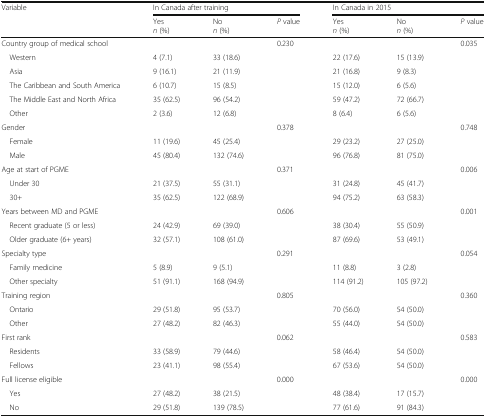
<table><thead><tr><td rowspan="2"><b>Variable</b></td><td colspan="3"><b>In Canada after training</b></td><td colspan="3"><b>In Canada in 2015</b></td></tr><tr><td><b>Yes<i>n</i> (%)</b></td><td><b>No<i>n</i> (%)</b></td><td><b><i>P</i> value</b></td><td><b>Yes<i>n</i> (%)</b></td><td><b>No<i>n</i> (%)</b></td><td><b><i>P</i> value</b></td></tr></thead><tbody><tr><td>Country group of medical school</td><td></td><td></td><td>0.230</td><td></td><td></td><td>0.035</td></tr><tr><td> Western</td><td>4 (7.1)</td><td>33 (18.6)</td><td></td><td>22 (17.6)</td><td>15 (13.9)</td><td></td></tr><tr><td> Asia</td><td>9 (16.1)</td><td>21 (11.9)</td><td></td><td>21 (16.8)</td><td>9 (8.3)</td><td></td></tr><tr><td> The Caribbean and South America</td><td>6 (10.7)</td><td>15 (8.5)</td><td></td><td>15 (12.0)</td><td>6 (5.6)</td><td></td></tr><tr><td> The Middle East and North Africa</td><td>35 (62.5)</td><td>96 (54.2)</td><td></td><td>59 (47.2)</td><td>72 (66.7)</td><td></td></tr><tr><td> Other</td><td>2 (3.6)</td><td>12 (6.8)</td><td></td><td>8 (6.4)</td><td>6 (5.6)</td><td></td></tr><tr><td>Gender</td><td></td><td></td><td>0.378</td><td></td><td></td><td>0.748</td></tr><tr><td> Female</td><td>11 (19.6)</td><td>45 (25.4)</td><td></td><td>29 (23.2)</td><td>27 (25.0)</td><td></td></tr><tr><td> Male</td><td>45 (80.4)</td><td>132 (74.6)</td><td></td><td>96 (76.8)</td><td>81 (75.0)</td><td></td></tr><tr><td>Age at start of PGME</td><td></td><td></td><td>0.371</td><td></td><td></td><td>0.006</td></tr><tr><td> Under 30</td><td>21 (37.5)</td><td>55 (31.1)</td><td></td><td>31 (24.8)</td><td>45 (41.7)</td><td></td></tr><tr><td> 30+</td><td>35 (62.5)</td><td>122 (68.9)</td><td></td><td>94 (75.2)</td><td>63 (58.3)</td><td></td></tr><tr><td>Years between MD and PGME</td><td></td><td></td><td>0.606</td><td></td><td></td><td>0.001</td></tr><tr><td> Recent graduate (5 or less)</td><td>24 (42.9)</td><td>69 (39.0)</td><td></td><td>38 (30.4)</td><td>55 (50.9)</td><td></td></tr><tr><td> Older graduate (6+ years)</td><td>32 (57.1)</td><td>108 (61.0)</td><td></td><td>87 (69.6)</td><td>53 (49.1)</td><td></td></tr><tr><td>Specialty type</td><td></td><td></td><td>0.291</td><td></td><td></td><td>0.054</td></tr><tr><td> Family medicine</td><td>5 (8.9)</td><td>9 (5.1)</td><td></td><td>11 (8.8)</td><td>3 (2.8)</td><td></td></tr><tr><td> Other specialty</td><td>51 (91.1)</td><td>168 (94.9)</td><td></td><td>114 (91.2)</td><td>105 (97.2)</td><td></td></tr><tr><td>Training region</td><td></td><td></td><td>0.805</td><td></td><td></td><td>0.360</td></tr><tr><td> Ontario</td><td>29 (51.8)</td><td>95 (53.7)</td><td></td><td>70 (56.0)</td><td>54 (50.0)</td><td></td></tr><tr><td> Other</td><td>27 (48.2)</td><td>82 (46.3)</td><td></td><td>55 (44.0)</td><td>54 (50.0)</td><td></td></tr><tr><td>First rank</td><td></td><td></td><td>0.062</td><td></td><td></td><td>0.583</td></tr><tr><td> Residents</td><td>33 (58.9)</td><td>79 (44.6)</td><td></td><td>58 (46.4)</td><td>54 (50.0)</td><td rowspan="2"></td></tr><tr><td> Fellows</td><td>23 (41.1)</td><td>98 (55.4)</td><td></td><td>67 (53.6)</td><td>54 (50.0)</td></tr><tr><td>Full license eligible</td><td></td><td></td><td>0.000</td><td></td><td></td><td>0.000</td></tr><tr><td> Yes</td><td>27 (48.2)</td><td>38 (21.5)</td><td></td><td>48 (38.4)</td><td>17 (15.7)</td><td></td></tr><tr><td> No</td><td>29 (51.8)</td><td>139 (78.5)</td><td></td><td>77 (61.6)</td><td>91 (84.3)</td><td></td></tr></tbody></table>